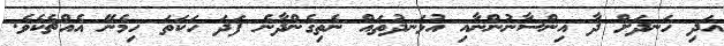
އަދި ހަނދަށް ދާ އިންސާނުންނާއި އުޅަނދުތައް ނެތިގެންދާނެ ފަދަ ހަކަތަ ހިމެނޭ އެއްޗެކެވެ.